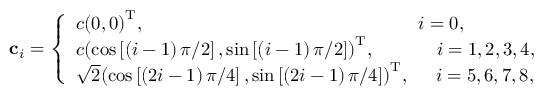
{ { \bf { c } } _ { i } } = \left\{ \begin{array} { l } { c { \left( { 0 , 0 } \right) ^ { \mathrm { T } } } , \; \; \; \; \; \; \; \; \; \; \; \; \; \; \; \; \; \; \; \; \; \; \; \; \; \; \; \; \; \; \; \; \; \; \; \; \; \; \; \; \; \; \; \; \; \; \; \; \; \; \; \; \; i = 0 , } \\ { c { \left( { \cos \left[ { { { \left( { i - 1 } \right) \pi } \mathord { \left/ { \vphantom { { \left( { i - 1 } \right) \pi } 2 } } \right. \kern - \nulldelimiterspace } 2 } } \right] , \sin \left[ { { { \left( { i - 1 } \right) \pi } \mathord { \left/ { \vphantom { { \left( { i - 1 } \right) \pi } 2 } } \right. \kern - \nulldelimiterspace } 2 } } \right] } \right) ^ { \mathrm { T } } } , \; \; \; \; \; \; \; \; \; \; \; \; i = 1 , 2 , 3 , 4 , } \\ { \sqrt 2 { \left( { \cos \left[ { { { \left( { 2 i - 1 } \right) \pi } \mathord { \left/ { \vphantom { { \left( { 2 i - 1 } \right) \pi } 4 } } \right. \kern - \nulldelimiterspace } 4 } } \right] , \sin \left[ { { { \left( { 2 i - 1 } \right) \pi } \mathord { \left/ { \vphantom { { \left( { 2 i - 1 } \right) \pi } 4 } } \right. \kern - \nulldelimiterspace } 4 } } \right] } \right) ^ { \mathrm { T } } } , \; \; \; \; \; i = 5 , 6 , 7 , 8 , } \end{array} \right.